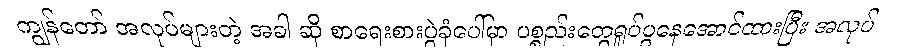
ကျွန်တော် အလုပ်များတဲ့ အခါ ဆို စာရေးစားပွဲခုံပေါ်မှာ ပစ္စည်းတွေရှုပ်ပွနေအောင်ထားပြီး အလုပ်